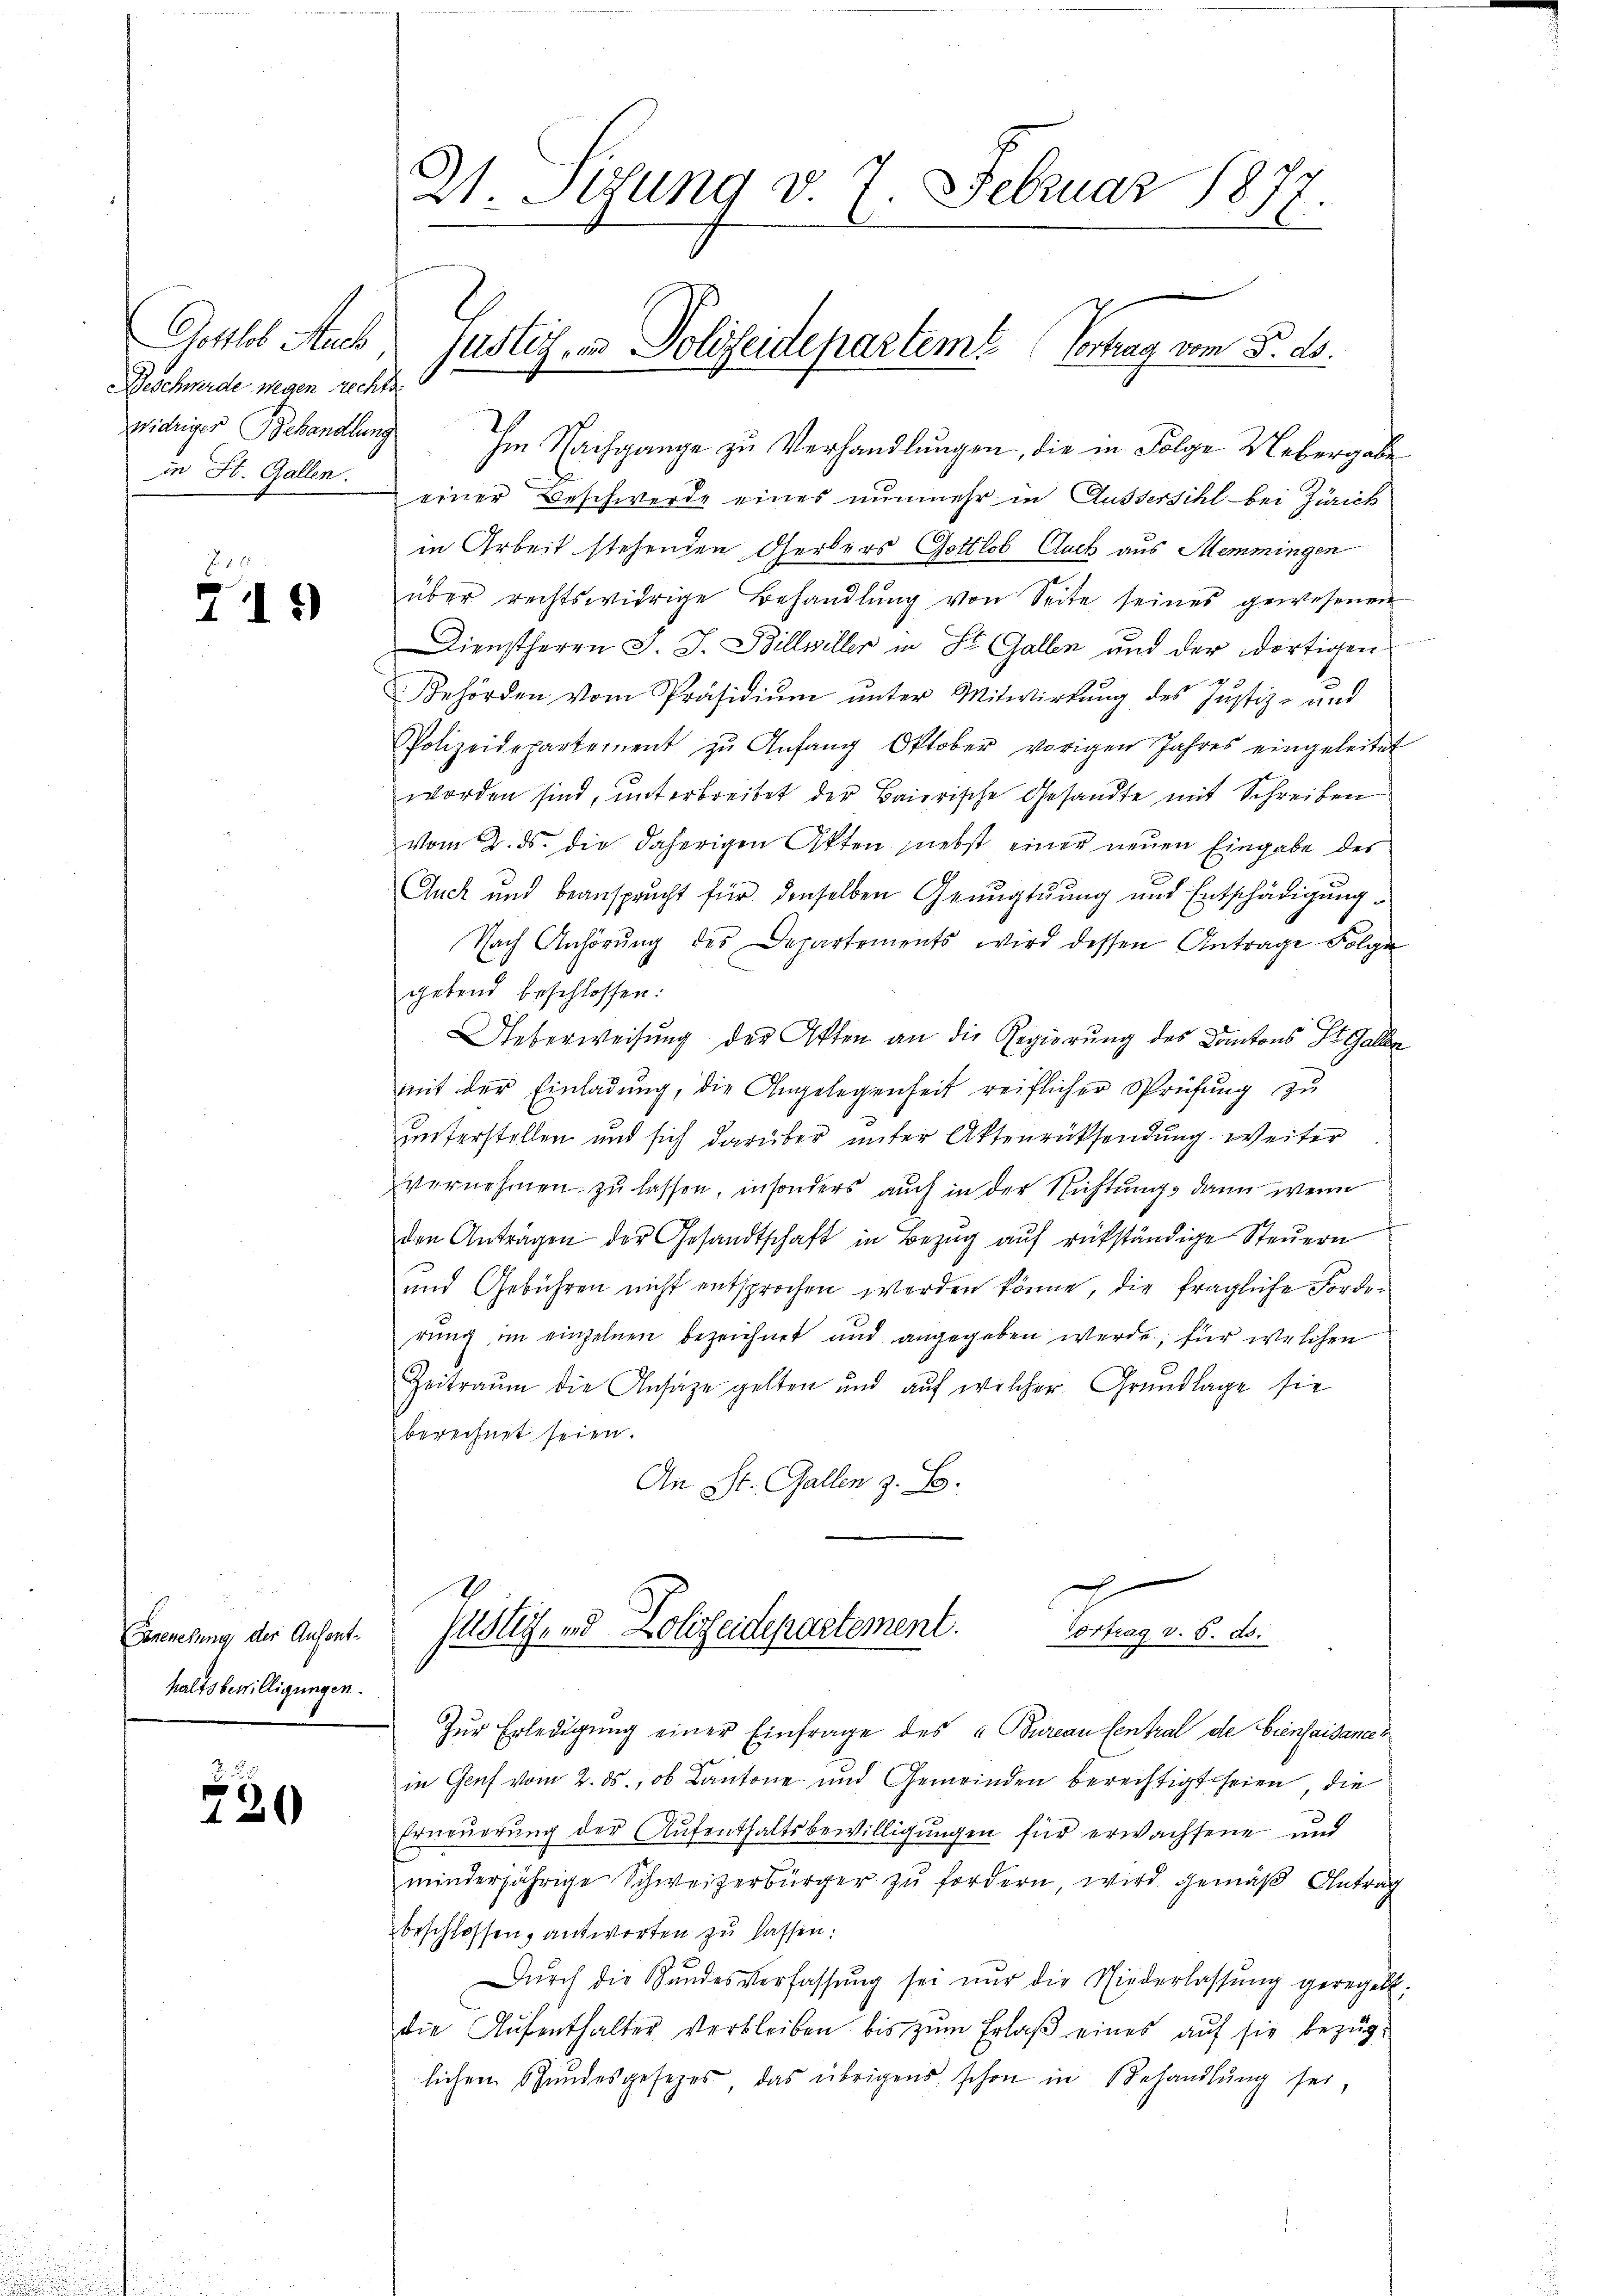
Gottlob Auch
Beschwerde wegen rechtswidriger Behandlung
in St. Gallen.

219

Ernenesung der Aufent-
haltsbewilligungen.

720

Im Nachgange zu Verhandlungen, die in Folge Uebergabe
einer Beschwerde eines nunmehr in Aussersihl bei Zürich
in Arbeit stehenden Gerbers Gottlob Auch aus Memmingen
über rechtswidrige Behandlŭng von Seite seines gewesenen
Dienstherrn J. J. Billwiller in St. Gallen und der dortigen

Behörden vom Präsidiŭm ŭnter Mitwirkung des Justiz- und
Polizeidepartement zu Anfang Oktober vorigen Jahres eingeleitet
worden sind, unterbreitet der Baierische Gesandte mit Schreiben
vom 2. ds. die daherigen Akten nebst einer neuen Eingabe des
Guck und beansprucht für denselben Genugtuung und Entschädigung
Nach Anhörung des Departements wird dessen Antrage Folge
gebend beschlossen:
Ueberweisung der Akten an die Regierung des Kantons St. Galle
mit der Einladung, die Angelegenheit reiflicher Sprüfung zu
unterstellen und sich darüber unter Aktenrücksendung weiter
vernehmen zu lassen, insonders auch in der Richtungs dann wenn
den Anträgen der Gesandtschaft in Bezŭg aŭf rükständige Steŭern
und Gebühren nicht entsprochen werden könne, die fragliche Forderung im einzelnen bezeichnet und angegeben werde, für welchen
Zeitraum die Ansaze gelten und auf welcher Grundlage sie
berechnet seien.
An St. Gallen z. B.
g
Justiz, und Polizeidepartement.
Vortrag v. 6. ds.
Zŭr Erledigŭng einer Einfrage des u. Bureau Central de bienfaisances
in Genf vom 2. ds., ob Cantone und Gemeinden berechtigt seien, die
Erneuerung der Aufenthaltsbewilligungen für erwachsene und
minderjährige Schweizerbürger zŭ fordern, wird gemäβ Antrag
beschlossen, antworten zŭ lassen:
Dŭrch die Stŭndesverfassŭng sei nur die Niederlassŭng geregelt:
die Aufenthalter verbleiben bis zum Erlaß eines auf sie bezuglichen Stundesgesetzes, das übrigens schon in Behandlŭng sei,

21. Stung v. 7. Februar 1877

Justiz, in Polizeidepartemt Vortrag vom 5. ds.